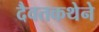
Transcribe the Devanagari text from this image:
दैवतकथेने